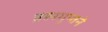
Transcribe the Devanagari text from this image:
ब्रह्मगुप्तने